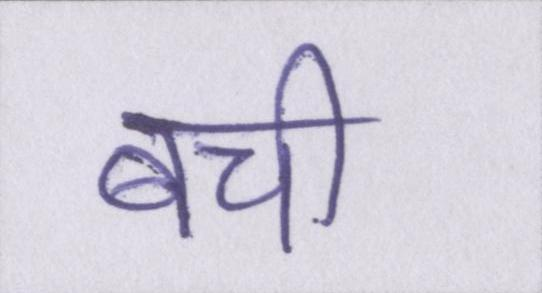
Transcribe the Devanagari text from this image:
बची